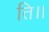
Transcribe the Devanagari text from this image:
ति।।